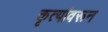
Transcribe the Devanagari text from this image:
कृत्यांवरून